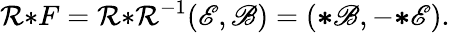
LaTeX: \mathcal{R}{*}F=\mathcal{R}{*}\mathcal{R}^{-1}(\mathscr{E},\mathscr{B})=({\boldsymbol{*}}\mathscr{B},-{\boldsymbol{*}}\mathscr{E}).